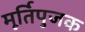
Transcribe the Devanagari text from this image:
मूर्तिपुजक